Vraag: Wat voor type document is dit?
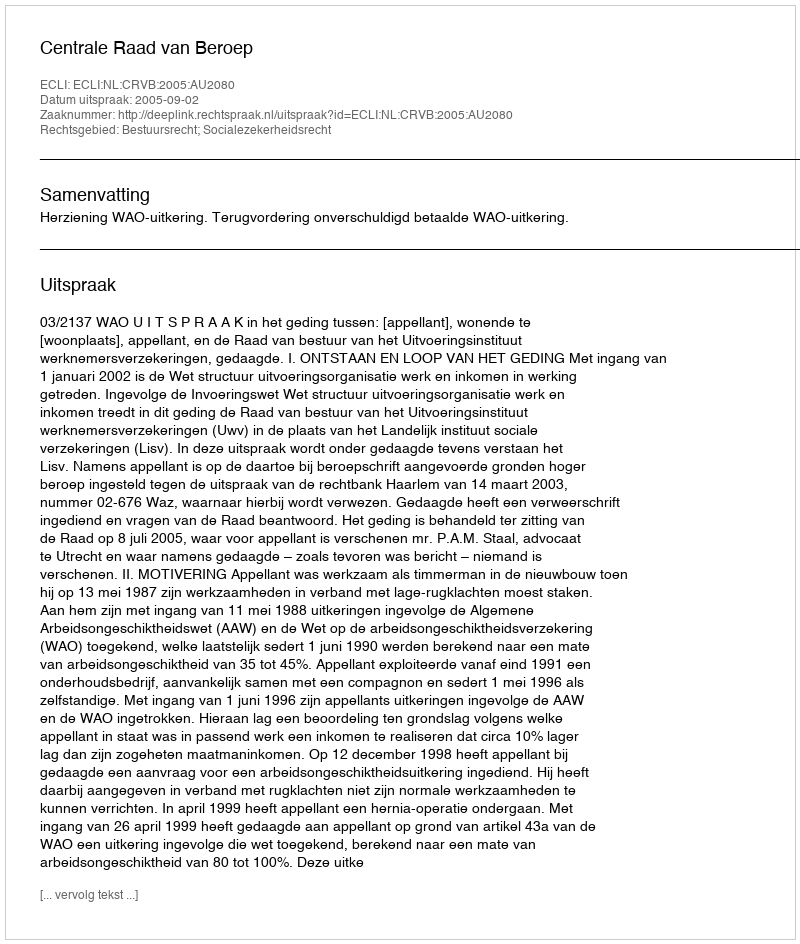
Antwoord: Uitspraak